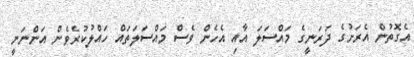
އެގޮތުން އެރަށުގެ ދަރަނީގެ މައްސަލަ އާއި އެހެން ވެސް މައްސަލަތައް ހައްލުކުރެވެން އަންނަނީ